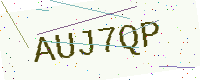
Text: AUJ7QP